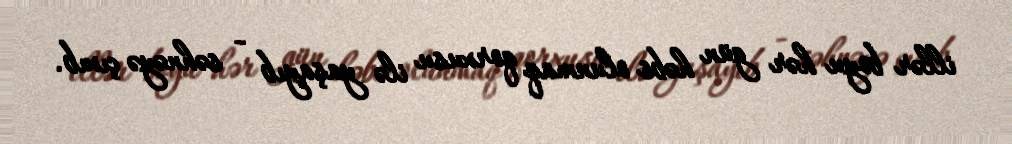
illər boyu hər gün həbs olunmaq qorxusu ilə yaşayıb - səhnəyə çıxıb.